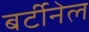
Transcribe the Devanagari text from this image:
बर्टीनेल